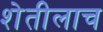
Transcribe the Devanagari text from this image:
शेतीलाच